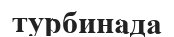
турбинада